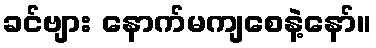
ခင်ဗျား နောက်မကျစေနဲ့နော်။